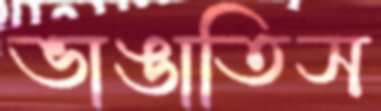
ভাঙাতিস